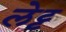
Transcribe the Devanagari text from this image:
लेट्ट